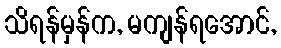
သိရန်မှန်က, မကျန်ရအောင်,